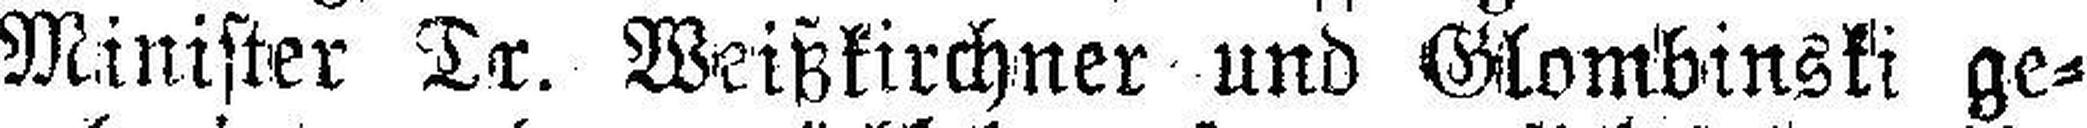
Minister Dr. Weißkirchner und Glombinski ge¬